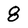
Character: 8